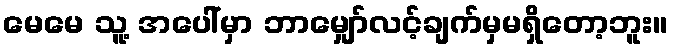
မေမေ သူ့ အပေါ်မှာ ဘာမျှော်လင့်ချက်မှမရှိတော့ဘူး။